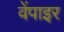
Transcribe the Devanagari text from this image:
वेंपाइर